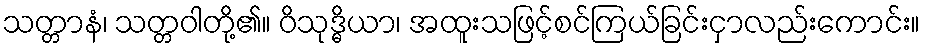
သတ္တာနံ၊ သတ္တဝါတို့၏။ ဝိသုဒ္ဓိယာ၊ အထူးသဖြင့်စင်ကြယ်ခြင်းငှာလည်းကောင်း။